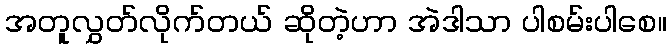
အတူလွှတ်လိုက်တယ် ဆိုတဲ့ဟာ အဲဒါသာ ပါစမ်းပါစေ။